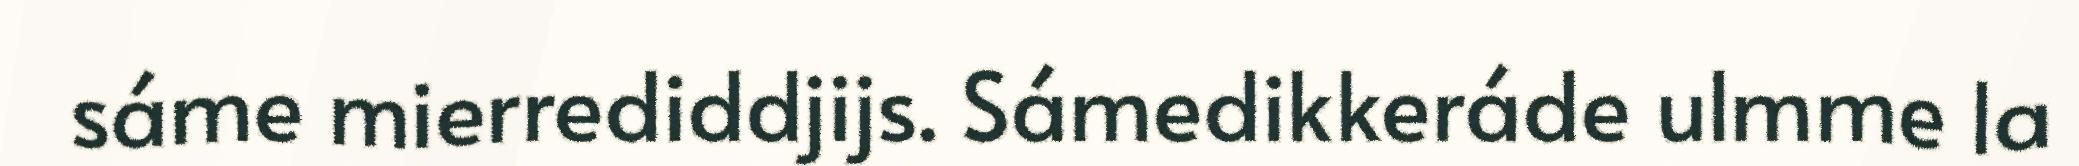
sáme mierrediddjijs. Sámedikkeráde ulmme la